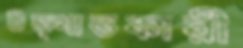
উত্খাতকারী